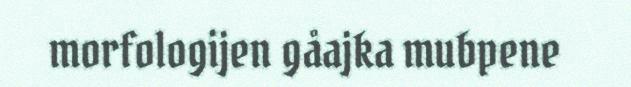
morfologijen gåajka mubpene